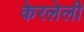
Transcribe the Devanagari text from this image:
केरलेली